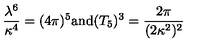
\frac { \lambda ^ { 6 } } { \kappa ^ { 4 } } = ( 4 \pi ) ^ { 5 } \mathrm { a n d } ( T _ { 5 } ) ^ { 3 } = \frac { 2 \pi } { ( 2 \kappa ^ { 2 } ) ^ { 2 } }